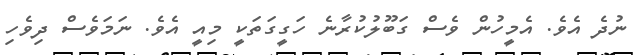
ނުދެ އެވެ. އެމީހުން ވެސް ގަބޫލުކުރާނެ ހަގީގަތަކީ މިއީ އެވެ. ނަަމަވެސް ދިވެހި